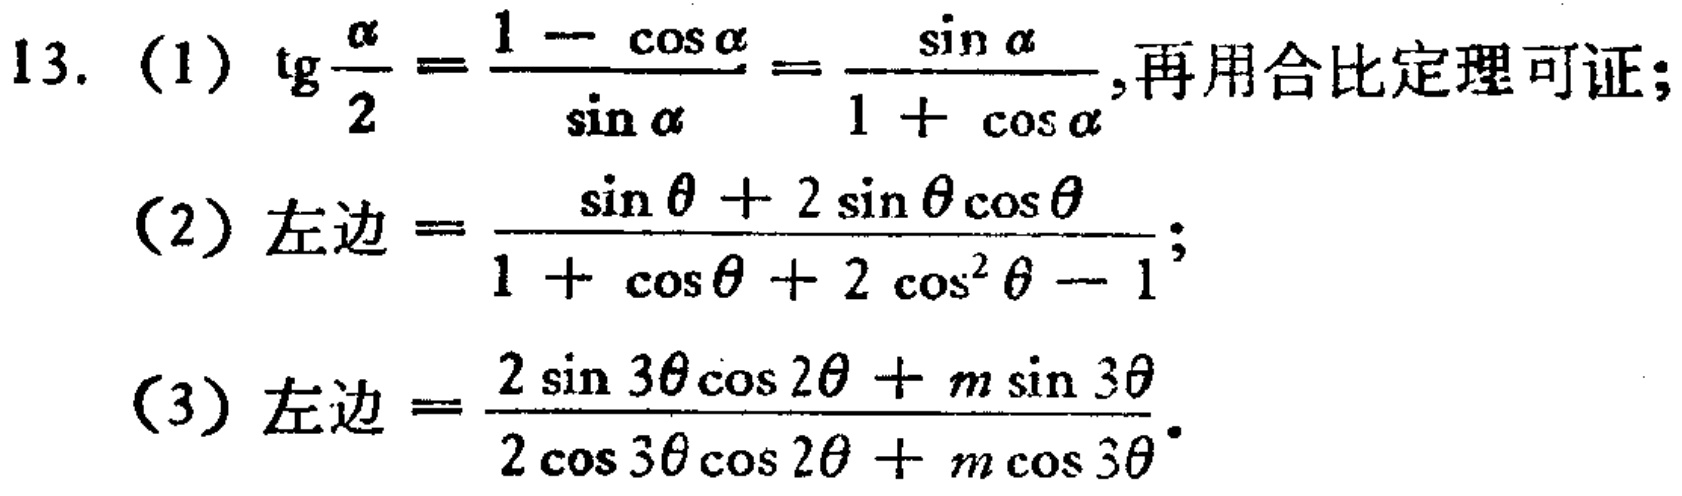
13. (1) \(\text{tg}\frac{\alpha}{2}=\frac{1 - \cos\alpha}{\sin\alpha}=\frac{\sin\alpha}{1 + \cos\alpha}\),再用合比定理可证;
(2) 左边\(=\frac{\sin\theta + 2\sin\theta\cos\theta}{1 + \cos\theta + 2\cos^{2}\theta - 1}\);
(3) 左边\(=\frac{2\sin3\theta\cos2\theta + m\sin3\theta}{2\cos3\theta\cos2\theta + m\cos3\theta}\).